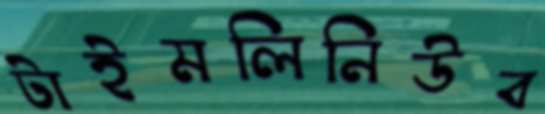
টাইমলিনিউব